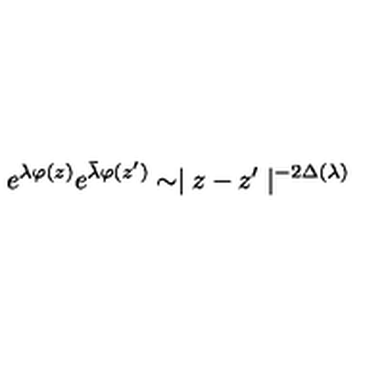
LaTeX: e ^ { \lambda \varphi ( z ) } e ^ { \bar { \lambda } \varphi ( z ^ { \prime } ) } \sim \mid z - z ^ { \prime } \mid ^ { - 2 \Delta ( \lambda ) }